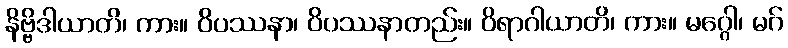
နိဗ္ဗိဒါယာတိ၊ ကား။ ဝိပဿနာ၊ ဝိပဿနာတည်း။ ဝိရာဂါယာတိ၊ ကား။ မဂ္ဂေါ၊ မဂ်